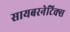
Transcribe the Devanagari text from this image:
सायबरनेटिक्स